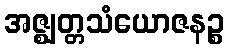
အဇ္ဈတ္တသံယောဇနဉ္စ